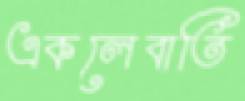
একলেবাতি